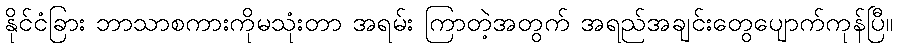
နိုင်ငံခြား ဘာသာစကားကိုမသုံးတာ အရမ်း ကြာတဲ့အတွက် အရည်အချင်းတွေပျောက်ကုန်ပြီ။